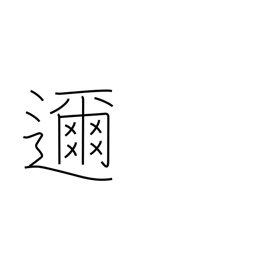
Meaning: close